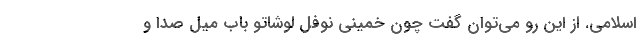
اسلامی. از این رو می‌توان گفت چون خمینیِ نوفل لوشاتو باب میل صدا و